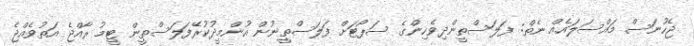
ޖެހުނަސް މައްސަލައެއް ނެތް: ފަލަސްތީންދިވެހިންގެ ސަޕޯޓަށް ފަލަސްތީނުން އުންމީދުކުރޭފަލަސްތީން ޓީމު ރާއްޖެ އަތުވެއްޖެ